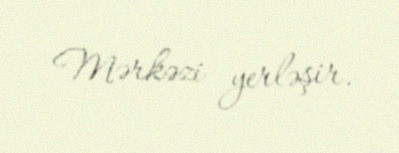
Mərkəzi yerləşir.